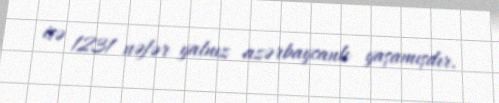
isə 1231 nəfər yalnız azərbaycanlı yaşamışdır.